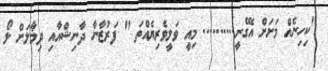
"ކިހިނެއް މަށަށް އެގޭނީ.......... މިއީ ވަލީވެރިޔެއްތަ " ފަރުޒާނާ ދާނިޝްއާއި ދިމާލަށް ލޯ